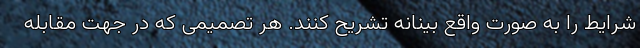
شرایط را به صورت واقع بینانه تشریح کنند. هر تصمیمی که در جهت مقابله